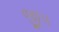
જીપ